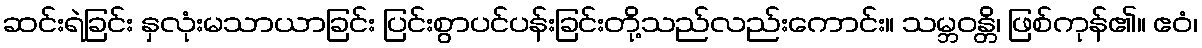
ဆင်းရဲခြင်း နှလုံးမသာယာခြင်း ပြင်းစွာပင်ပန်းခြင်းတို့သည်လည်းကောင်း။ သမ္ဘဝန္တိ၊ ဖြစ်ကုန်၏။ ဧဝံ၊